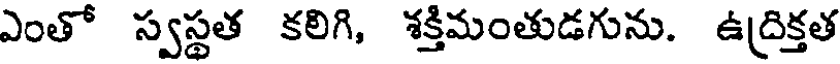
ఎంతో స్వస్థత కలిగి, శక్తిమంతుడగును. ఉద్రిక్తత